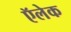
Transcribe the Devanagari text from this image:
ऍलेक